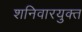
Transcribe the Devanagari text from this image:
शनिवारयुक्त